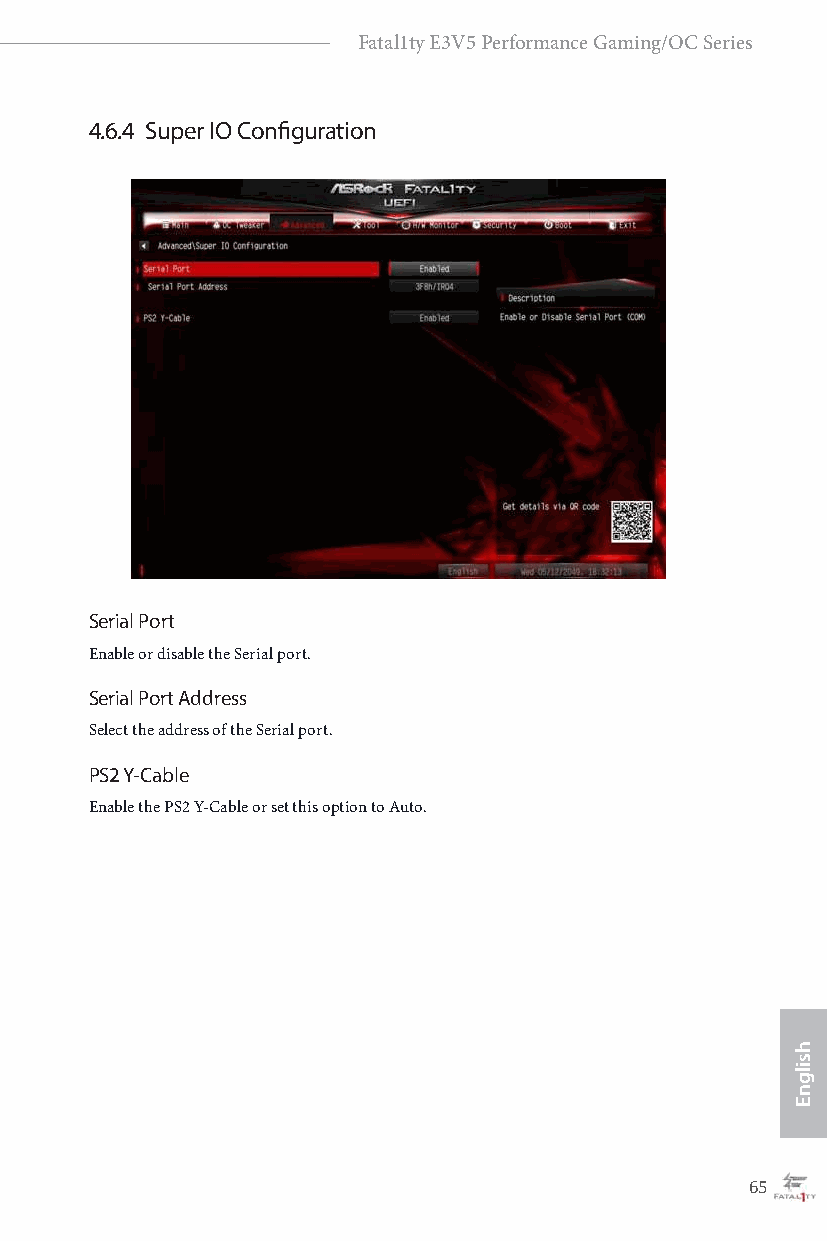
Fatal1ty E3V5 Performance Gaming/OC Series
 4.6.4 Super IO Configuration
 Serial Port
 Enable or disable the Serial port.
 Serial Port Address
 Select the address of the Serial port.
 PS2 Y-Cable
 Enable the PS2 Y-Cable or set this option to Auto.
 64                                                65
 hsilgnE